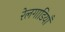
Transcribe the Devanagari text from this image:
रेलगाडियाँ